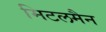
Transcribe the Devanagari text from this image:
मिटलमैन